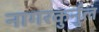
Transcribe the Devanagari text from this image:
नागरकुर्नुल